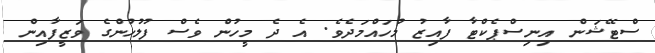
ސްޓޭޝަން އިނިސްޕެކްޓާ ފާއިޒު މުހައްމަދެވެ. އެ ދެ މީހުން ވެސް ފުލުހުންގެ ވަޒީފާއިން